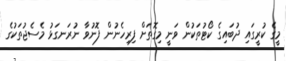
މީގެ ކުރީގައި ދުބައިގެ ކޯޓުތަކުން ވަނީ މިގޮތަށް ފިރިހެނުން ފޮނުވާ ނުރަނގަޅު މެސެޖުތަކުގެ